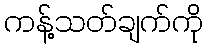
ကန့်သတ်ချက်ကို